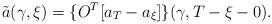
LaTeX: \begin{align*}\tilde a (\gamma ,\xi )=\{ O^T [a_T-a_\xi ]\} (\gamma ,T-\xi -0).\end{align*}